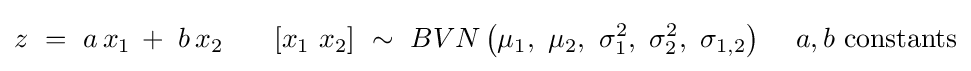
z\,\,=\,\,a\,x_{1}\,+\,\,b\,x_{2}\,\,\,\,\,\,\,\,\,\,\left[{x_{1}\,\,x_{2}}\right]\,\,\sim \,\,BVN\left({\mu _{1},\,\,\mu _{2},\,\,\sigma _{1}^{2},\,\,\sigma _{2}^{2},\,\,\sigma _{1,2}}\right)\,\,\,\,\,\,\,a,b\,\,{\rm {constants}}